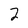
Character: 2